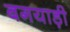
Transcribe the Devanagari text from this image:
बगयाड़ी